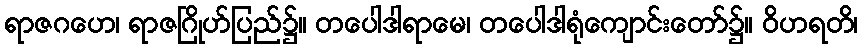
ရာဇဂဟေ၊ ရာဇဂြိုဟ်ပြည်၌။ တပေါဒါရာမေ၊ တပေါဒါရုံကျောင်းတော်၌။ ဝိဟရတိ၊